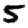
Digit: 5